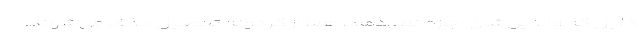
دلیل که والدین‌شان اجازه نمی‌دهد، عملا از گردونه تحصیل حذف می‌شوند.